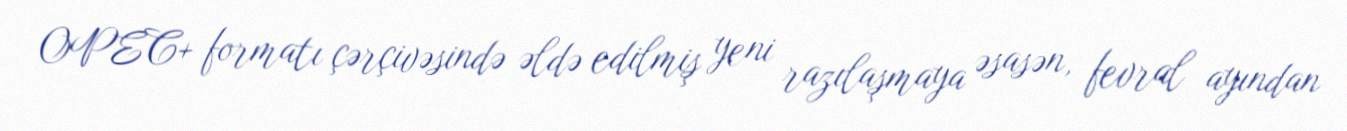
OPEC+ formatı çərçivəsində əldə edilmiş yeni razılaşmaya əsasən, fevral ayından